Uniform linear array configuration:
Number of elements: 32
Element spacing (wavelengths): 0.75
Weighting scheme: blackman
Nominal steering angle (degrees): -45
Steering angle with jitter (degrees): -45.779
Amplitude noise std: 0.05
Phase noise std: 0.05

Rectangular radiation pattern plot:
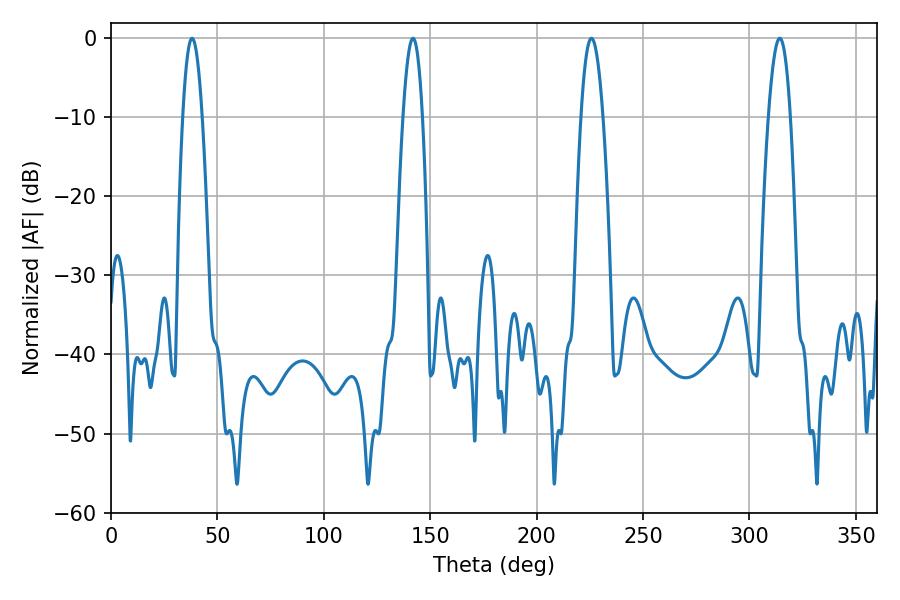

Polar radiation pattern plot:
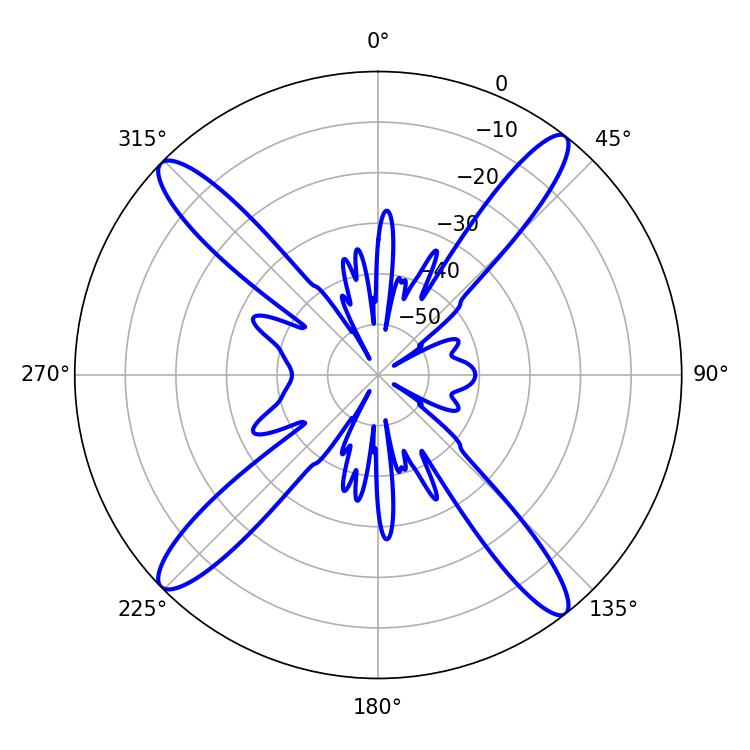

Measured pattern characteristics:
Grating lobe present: TRUE
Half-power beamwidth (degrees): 5.58
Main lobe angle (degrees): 225.72